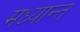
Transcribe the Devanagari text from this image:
मध्यान्त